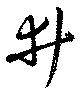
井